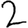
Digit: 2